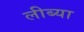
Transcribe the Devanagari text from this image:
लीब्या